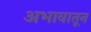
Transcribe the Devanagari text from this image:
अभावातून